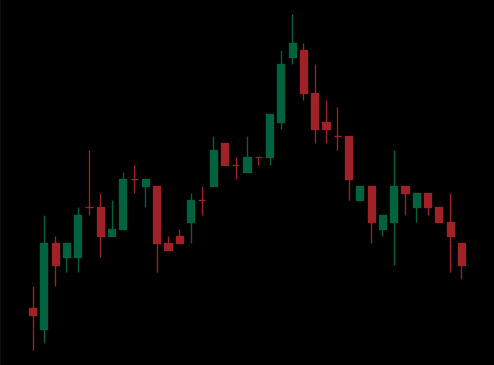
Pattern: head_shoulders